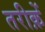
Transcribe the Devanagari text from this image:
तरीक़ें